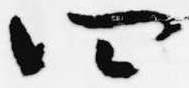
四